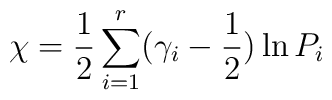
\chi = \frac12 \sum^r_{i=1} (\gamma_i - \frac12) \ln P_i